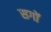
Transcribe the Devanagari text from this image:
सगों